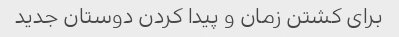
برای کشتن زمان و پیدا کردن دوستان جدید